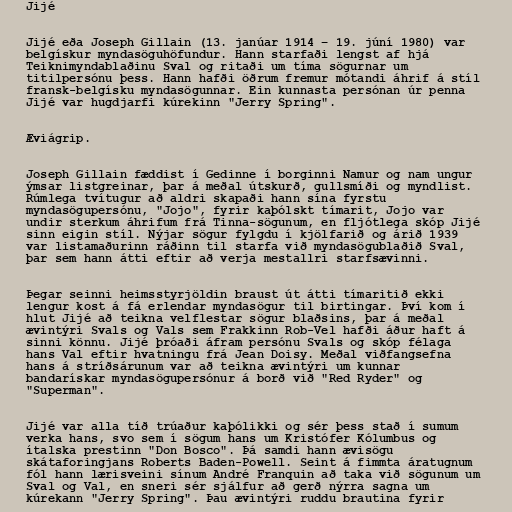
Jijé

Jijé eða Joseph Gillain (13. janúar 1914 – 19. júní 1980) var
belgískur myndasöguhöfundur. Hann starfaði lengst af hjá
Teiknimyndablaðinu Sval og ritaði um tíma sögurnar um
titilpersónu þess. Hann hafði öðrum fremur mótandi áhrif á stíl
fransk-belgísku myndasögunnar. Ein kunnasta persónan úr penna
Jijé var hugdjarfi kúrekinn "Jerry Spring".

Æviágrip.

Joseph Gillain fæddist í Gedinne í borginni Namur og nam ungur
ýmsar listgreinar, þar á meðal útskurð, gullsmíði og myndlist.
Rúmlega tvítugur að aldri skapaði hann sína fyrstu
myndasögupersónu, "Jojo", fyrir kaþólskt tímarit, Jojo var
undir sterkum áhrifum frá Tinna-sögunum, en fljótlega skóp Jijé
sinn eigin stíl. Nýjar sögur fylgdu í kjölfarið og árið 1939
var listamaðurinn ráðinn til starfa við myndasögublaðið Sval,
þar sem hann átti eftir að verja mestallri starfsævinni.

Þegar seinni heimsstyrjöldin braust út átti tímaritið ekki
lengur kost á fá erlendar myndasögur til birtingar. Því kom í
hlut Jijé að teikna velflestar sögur blaðsins, þar á meðal
ævintýri Svals og Vals sem Frakkinn Rob-Vel hafði áður haft á
sinni könnu. Jijé þróaði áfram persónu Svals og skóp félaga
hans Val eftir hvatningu frá Jean Doisy. Meðal viðfangsefna
hans á stríðsárunum var að teikna ævintýri um kunnar
bandarískar myndasögupersónur á borð við "Red Ryder" og
"Superman".

Jijé var alla tíð trúaður kaþólikki og sér þess stað í sumum
verka hans, svo sem í sögum hans um Kristófer Kólumbus og
ítalska prestinn "Don Bosco". Þá samdi hann ævisögu
skátaforingjans Roberts Baden-Powell. Seint á fimmta áratugnum
fól hann lærisveini sínum André Franquin að taka við sögunum um
Sval og Val, en sneri sér sjálfur að gerð nýrra sagna um
kúrekann "Jerry Spring". Þau ævintýri ruddu brautina fyrir